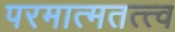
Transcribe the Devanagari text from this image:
परमात्मतत्त्व